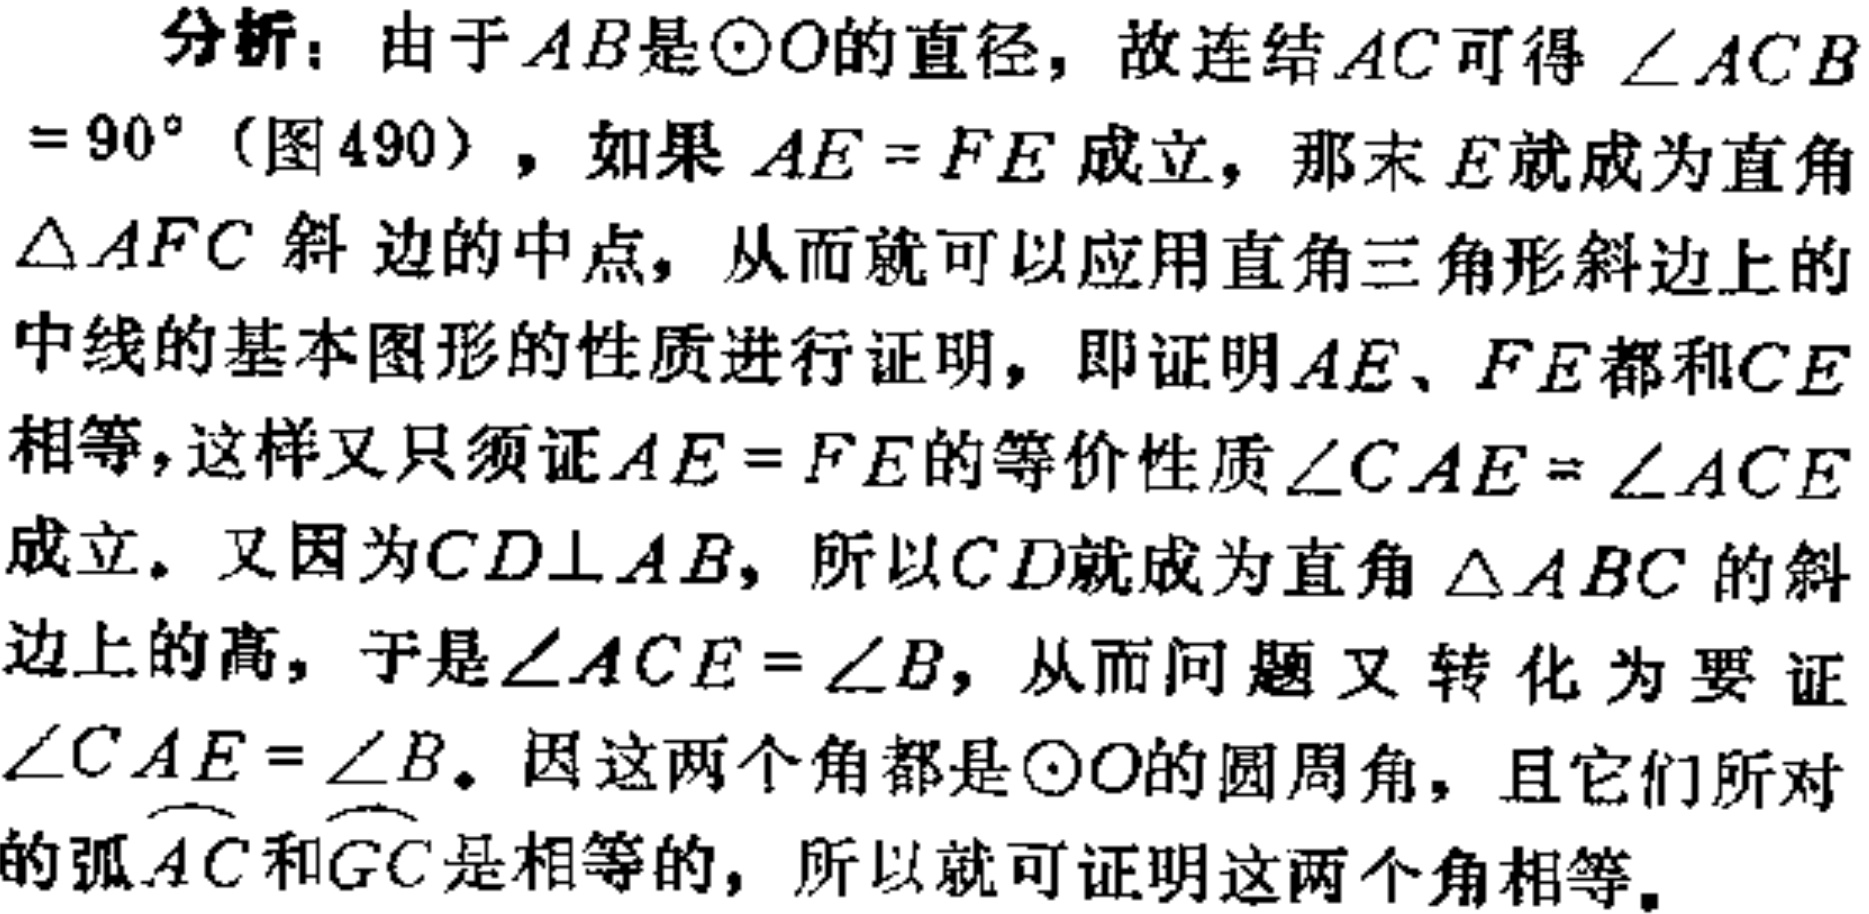
分析：由于\(AB\)是\(\odot O\)的直径，故连结\(AC\)可得\(\angle ACB = 90^{\circ}\)（图490），如果\(AE = FE\)成立，那末\(E\)就成为直角\(\triangle AFC\)斜边的中点，从而就可以应用直角三角形斜边上的中线的基本图形的性质进行证明，即证明\(AE\)、\(FE\)都和\(CE\)相等，这样又只须证\(AE = FE\)的等价性质\(\angle CAE=\angle ACE\)成立。又因为\(CD\bot AB\)，所以\(CD\)就成为直角\(\triangle ABC\)的斜边上的高，于是\(\angle ACE = \angle B\)，从而问题又转化为要证\(\angle CAE = \angle B\)。因这两个角都是\(\odot O\)的圆周角，且它们所对的弧\(\overset{\frown}{AC}\)和\(\overset{\frown}{GC}\)是相等的，所以就可证明这两个角相等。